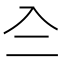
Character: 𠓞